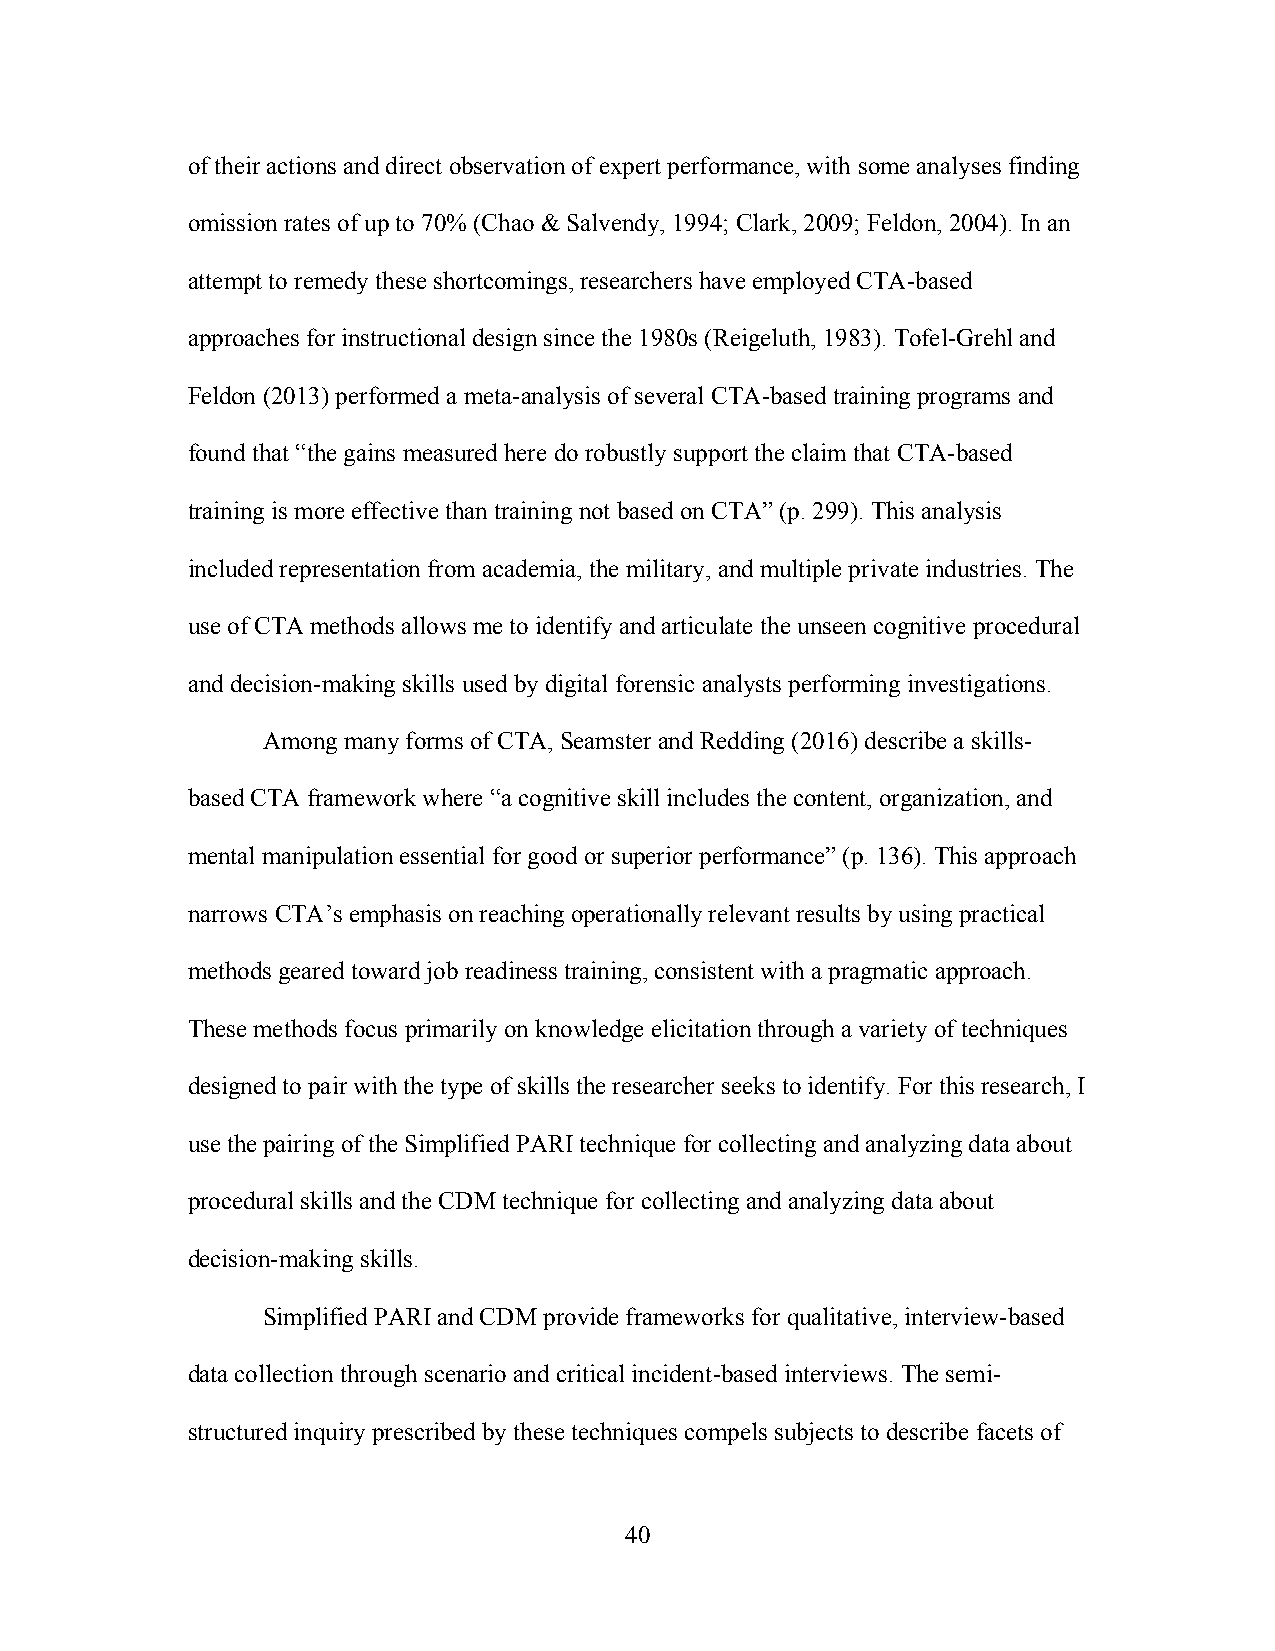
of their actions and direct observation of expert performance, with some analyses finding
 omission rates of up to 70% (Chao & Salvendy, 1994; Clark, 2009; Feldon, 2004). In an
 attempt to remedy these shortcomings, researchers have employed CTA-based
 approaches for instructional design since the 1980s (Reigeluth, 1983). Tofel-Grehl and
 Feldon (2013) performed a meta-analysis of several CTA-based training programs and
 found that “the gains measured here do robustly support the claim that CTA-based
 training is more effective than training not based on CTA” (p. 299). This analysis
 included representation from academia, the military, and multiple private industries. The
 use of CTA methods allows me to identify and articulate the unseen cognitive procedural
 and decision-making skills used by digital forensic analysts performing investigations.
 Among many forms of CTA, Seamster and Redding (2016) describe a skills-
 based CTA framework where “a cognitive skill includes the content, organization, and
 mental manipulation essential for good or superior performance” (p. 136). This approach
 narrows CTA’s emphasis on reaching operationally relevant results by using practical
 methods geared toward job readiness training, consistent with a pragmatic approach.
 These methods focus primarily on knowledge elicitation through a variety of techniques
 designed to pair with the type of skills the researcher seeks to identify. For this research, I
 use the pairing of the Simplified PARI technique for collecting and analyzing data about
 procedural skills and the CDM technique for collecting and analyzing data about
 decision-making skills.
 Simplified PARI and CDM provide frameworks for qualitative, interview-based
 data collection through scenario and critical incident-based interviews. The semi-
 structured inquiry prescribed by these techniques compels subjects to describe facets of
 40